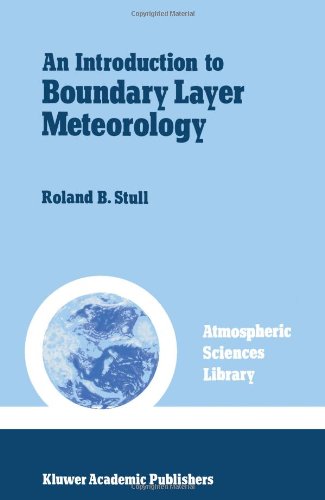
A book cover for An Introduction to Boundary Layer Meteorology (Atmospheric Sciences Library); Roland B. Stull; Science & Math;